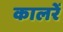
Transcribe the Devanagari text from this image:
कालरें